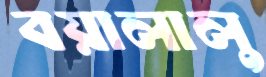
বয়ালালু